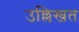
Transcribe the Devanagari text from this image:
उल्लिखत